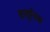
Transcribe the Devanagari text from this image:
वस्तुनिष्ठ।